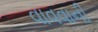
વાવવાની